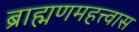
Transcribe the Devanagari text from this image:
ब्राह्मणमहत्त्वास